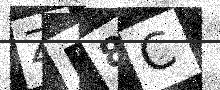
Text: ZF8C